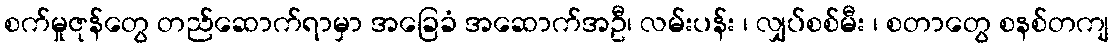
စက်မှုဇုန်တွေ တည်ဆောက်ရာမှာ အခြေခံ အဆောက်အဦ၊ လမ်းပန်း ၊ လျှပ်စစ်မီး ၊ စတာတွေ စနစ်တကျ